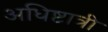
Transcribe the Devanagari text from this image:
अधिष्टात्री